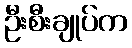
ဦးစီးချုပ်က